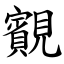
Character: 䚔